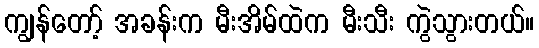
ကျွန်တော့် အခန်းက မီးအိမ်ထဲက မီးသီး ကွဲသွားတယ်။